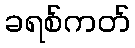
ခရစ်ကတ်